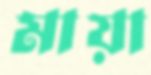
মায়া